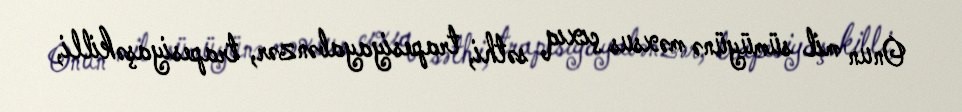
Onun mil sümüyünə məxsus çıxıq səthi, trapesiyayabənzər, trapesiyaşəkilli,